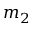
m _ { 2 }